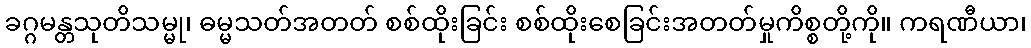
ခဂ္ဂမန္တသုတိသမ္မု၊ ဓမ္မသတ်အတတ် စစ်ထိုးခြင်း စစ်ထိုးစေခြင်းအတတ်မှုကိစ္စတို့ကို။ ကရဏီယာ၊